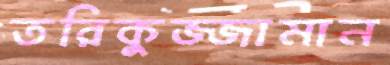
তরিকুজ্জামান